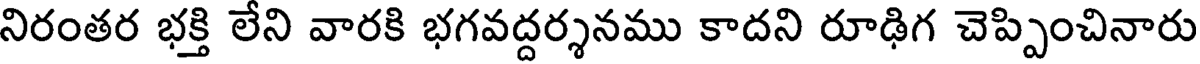
నిరంతర భక్తి లేని వారకి భగవద్దర్శనము కాదని రూఢిగ చెప్పించినారు